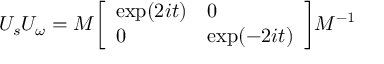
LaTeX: U _ { s } U _ { \omega } = M { \left[ \begin{array} { l l } { \exp ( 2 i t ) } & { 0 } \\ { 0 } & { \exp ( - 2 i t ) } \end{array} \right] } M ^ { - 1 }